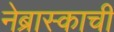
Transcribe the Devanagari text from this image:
नेब्रास्काची